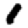
Digit: 1